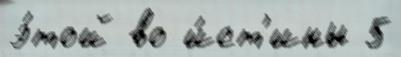
э́той во и́ст'ины 5